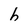
Character: h